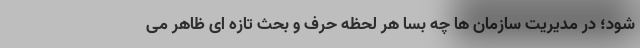
شود؛ در مدیریت سازمان ها چه بسا هر لحظه حرف و بحث تازه ای ظاهر می